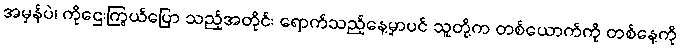
အမှန်ပဲ၊ ကိုဌေးကြွယ်ပြော သည့်အတိုင်း ရောက်သည့်နေ့မှာပင် သူတို့က တစ်ယောက်ကို တစ်နေ့ကို